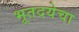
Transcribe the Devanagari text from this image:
भूतदयेचा